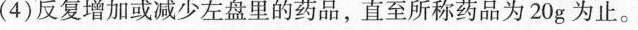
(4)反复增加或减少左盘里的药品，直至所称药品为20g为止。